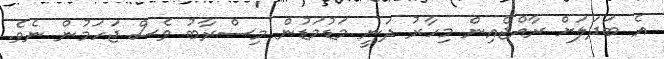
އެ ބަދަލަށް ރާއްޖެއިން މިހާރު ދަނީ މަޑުމަޑުން މިސްރާބު ވެސް ޖަހަަމުން ނެވެ.